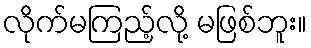
လိုက်မကြည့်လို့ မဖြစ်ဘူး။